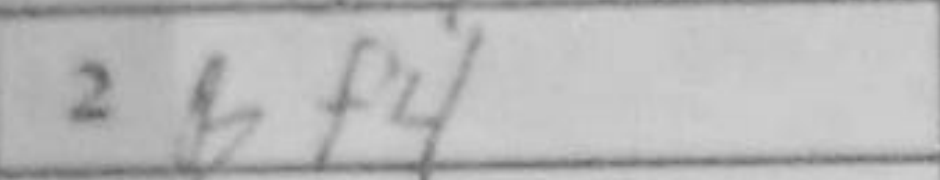
Transcription: Bf4